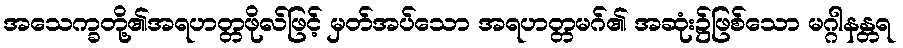
အသေက္ခတို့၏အရဟတ္တဖိုလ်ဖြင့် မှတ်အပ်သော အရဟတ္တမဂ်၏ အဆုံး၌ဖြစ်သော မဂ္ဂါနန္တရ